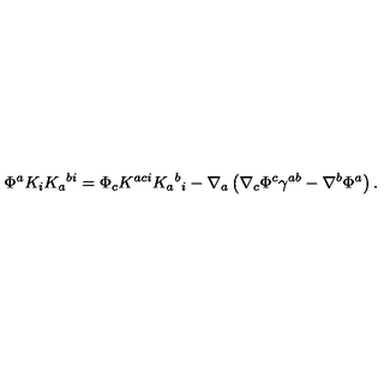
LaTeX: \Phi ^ { a } K _ { i } K _ { a } { } ^ { b i } = \Phi _ { c } K ^ { a c i } K _ { a } { } ^ { b } { } _ { i } - \nabla _ { a } \left( \nabla _ { c } \Phi ^ { c } \gamma ^ { a b } - \nabla ^ { b } \Phi ^ { a } \right) .